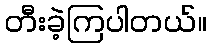
တီးခဲ့ကြပါတယ်။